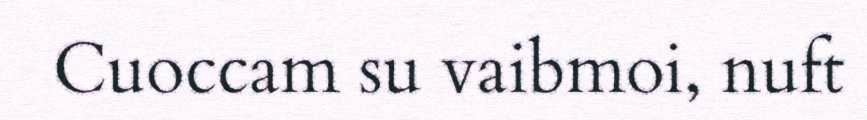
Cuoccam su vaibmoi, nuft